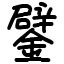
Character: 鐾